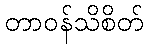
တာဝန်သိစိတ်